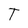
Character: T